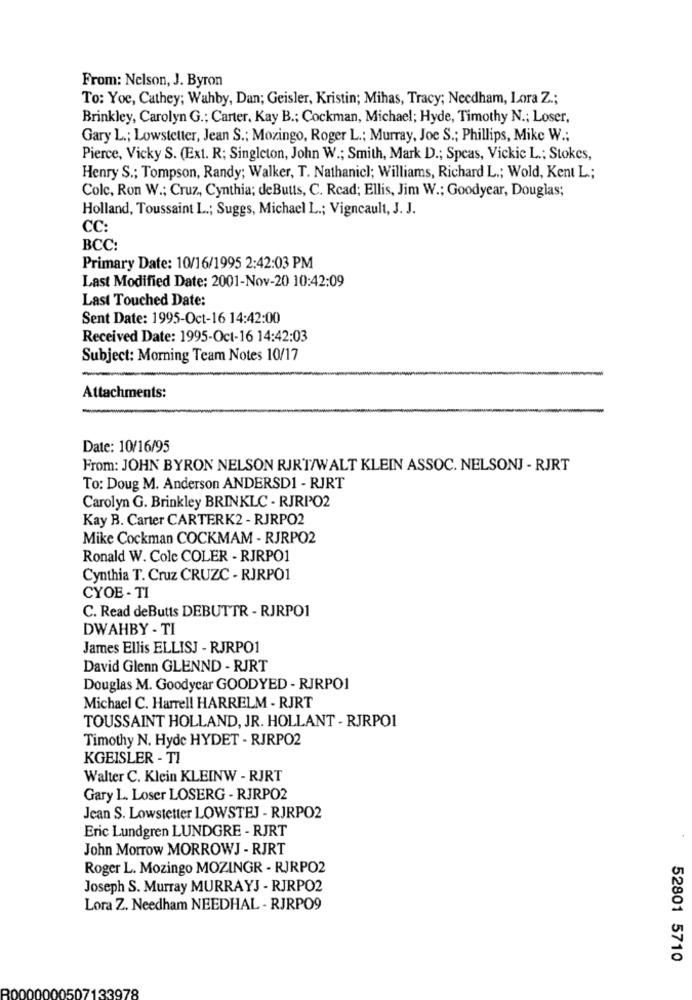
From: Nelson, J. Byron
To: Yoe, Cathey; Wahby, Dan; Geisler, Kristin; Mihas, Tracy; Needham, Lora Z .;
Brinkley, Carolyn G .; Carter, Kay B .; Cockman, Michael; Hyde, Timothy N .; Loser,
Gary L .; Lowstetter, Jean S .; Mozingo, Roger L .; Murray, Joe S .; Phillips, Mike W .;
Pierce, Vicky S. (Ex1. R; Singleton, John W .; Smith, Mark D .; Spcas, Vickic L .; Stokes,
Henry S .; Tompson, Randy; Walker, T. Nathanicl; Williams, Richard L .; Wold, Kent L .;
Colc, Ron W .; Cruz, Cynthia; deButts, C. Read; Ellis, Jim W .; Goodyear, Douglas;
Holland, Toussaint L .; Suggs, Michael L .; Vigneault, J. J.
CC:
BCC:
Primary Date: 10/16/1995 2:42:03 PM
Last Modified Date: 2001-Nov-20 10:42:09
Last Touched Date:
Sent Date: 1995-Oct-16 14:42:00
Received Date: 1995-Oct-16 14:42:03
Subject: Morning Team Notes 10/17
Attachments:
Date: 10/16/95
From: JOHN BYRON NELSON RJRT/WALT KLEIN ASSOC. NELSONJ - RJRT
To: Doug M. Anderson ANDERSD1 - RJRT
Carolyn G. Brinkley BRINKLC - RJRPO2
Kay B. Carter CARTERK2 - RJRPO2
Mike Cockman COCKMAM - RJRPO2
Ronald W. Cole COLER - RJRPO1
Cynthia T. Cruz CRUZC - RJRPO1
CYOE - TI
C. Read deButts DEBUTTR - RJRPO1
DWAHBY - TI
James Ellis ELLISJ - RJRPO1
David Glenn GLENND - RJRT
Douglas M. Goodyear GOODYED - RJRPO1
Michael C. Harrell HARRELM - RJRT
TOUSSAINT HOLLAND, JR. HOLLANT - RJRPO1
Timothy N. Hyde HYDET - RJRPO2
KGEISLER - TI
Walter C. Klein KLEINW - RJRT
Gary L. Loser LOSERG - RJRPO2
Jean S. Lowstetter LOWSTEJ - RJRPO2
Eric Lundgren LUNDGRE - RJRT
John Morrow MORROWJ - RJRT
Roger L. Mozingo MOZINGR - RJRPO2
Joseph S. Murray MURRAYJ - RJRPO2
Lora Z. Needham NEEDHAL - RJRPO9
52801 5710